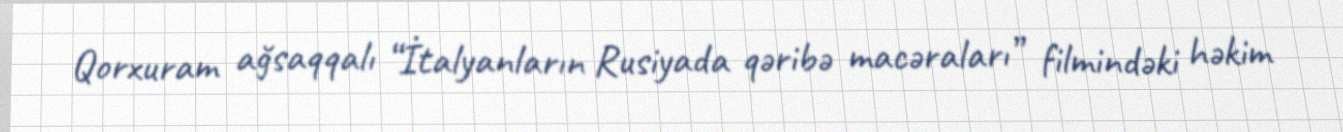
Qorxuram ağsaqqalı “İtalyanların Rusiyada qəribə macəraları” filmindəki həkim